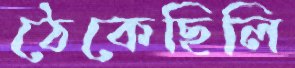
ঠেকেছিলি